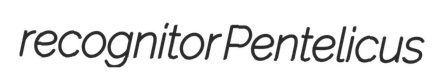
recognitor Pentelicus